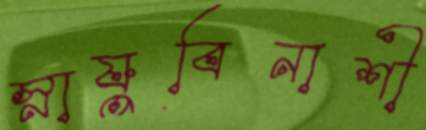
স্নায়ুবিনাশী